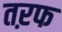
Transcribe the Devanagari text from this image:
तऱफ